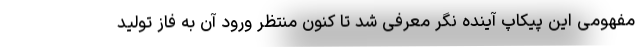
مفهومی این پیکاپ آینده نگر معرفی شد تا کنون منتظر ورود آن به فاز تولید